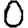
Digit: 0